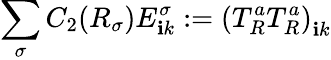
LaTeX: \sum_{\sigma}C_{2}(R_{\sigma})E_{\mathbf{i}k}^{\sigma}:=\left(T_{R}^{a}T_{R}^{a}\right)_{\mathbf{i}k}